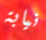
نيابة